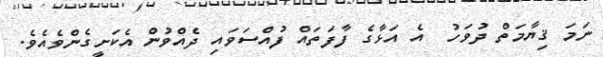
ނަމަ ޤިޔާމަތް ދުވަހު  އެ އަޅާގެ ފާފަތައް ފުއްސަވައި ދެއްވުން އެކަށީގެންވެއެވެ.